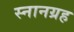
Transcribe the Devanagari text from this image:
स्नानग्रह